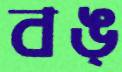
বঙ্